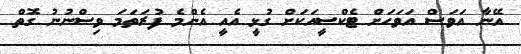
އޭނާ އަވަސް އަވަަހަށް ޓެކްސީއަކަށް ގުޅީ އެއީ އެންމެ ފުރަތަމަ ވިސްނުނު ގޮތް